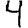
Digit: 4